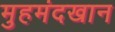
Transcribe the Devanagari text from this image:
मुहमंदखान